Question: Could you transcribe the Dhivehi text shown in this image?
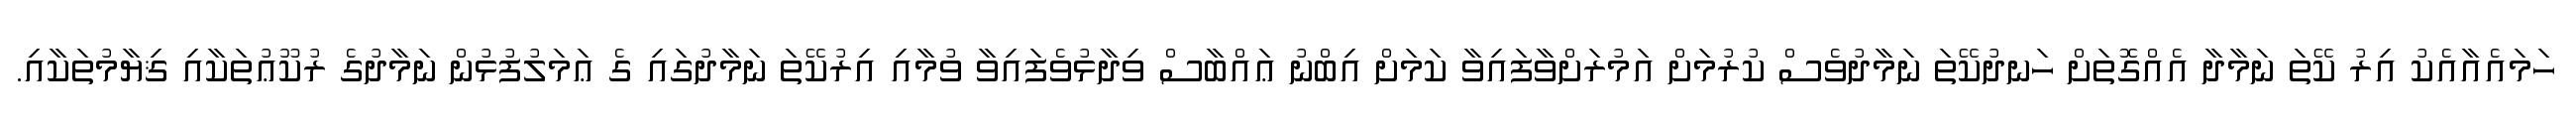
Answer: ހަމައެއާއެކު އިރު ކޭތަ ނަމާދާ އެއްގޮތަށް ހަނދުކޭތަ ނަމާދުވެސް ކުރުމަށް އަމުރަށްވާފައިވާ ކަމަށް އިބްނު ޢައްބާސް ވިދާޅުވެފައިވާ ވުމާއި އިރުކޭތަ ނަމާދުގައި ގެ ޢަމަލުފުޅުން ނަމާދުގެ ރުކޫޢުތަކާއި ޤިޔާމުތަކާއި.